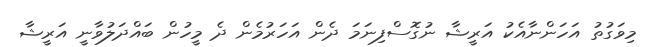
މިވަގުތު އަހަންނާއެކު އަރީޝާ ނުގޮސްފިނަމަ ދެން އަހަރުމެން ދެ މީހުން ބައްދަލުވާނީ އަރީޝާ